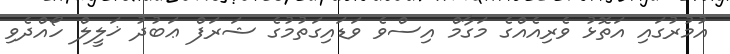
އުމުރުގައި އަތޮޅު ވެރިއެއްގެ މަގާމް އިސްވެ ވަޑައިގަތުމުގެ ޝަރަފް ޢަބުދު ޚަލީލް ހޯއްދެވި